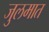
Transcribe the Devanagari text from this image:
जुलमात